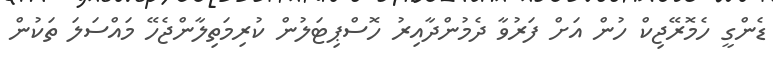
ޑެންގީ ހެމޮރޭޖިކް ހުން އަށް ފަރުވާ ދެމުންދާއިރު ހޮސްޕިޓަލުން ކުރިމަތިލާންޖެހޭ މައްސަލަ ތަކުން